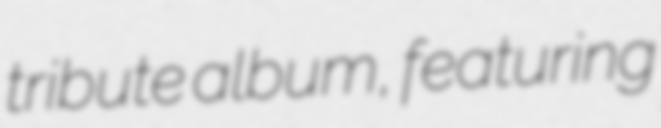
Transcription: tribute album, featuring